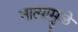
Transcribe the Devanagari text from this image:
नात्यामुळे